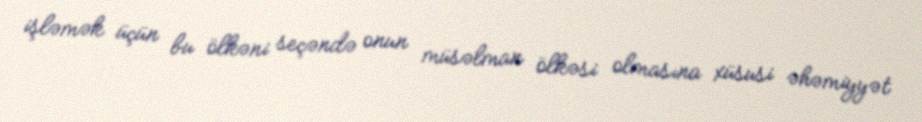
işləmək üçün bu ölkəni seçəndə onun müsəlman ölkəsi olmasına xüsusi əhəmiyyət